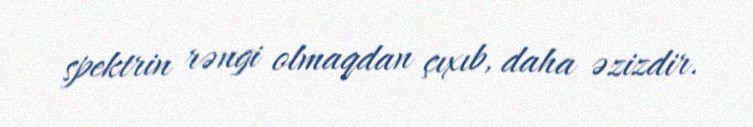
spektrin rəngi olmaqdan çıxıb, daha əzizdir.